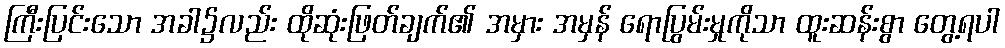
ကြီးပြင်းသော အခါ၌လည်း ထိုဆုံးဖြတ်ချက်၏ အမှား အမှန် ရောပြွမ်းမှုကိုသာ ထူးဆန်းစွာ တွေ့ရပါ